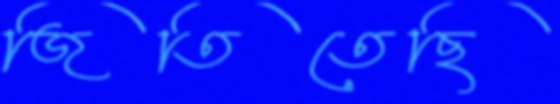
জিতিতেছি